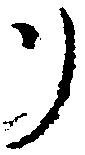
リ